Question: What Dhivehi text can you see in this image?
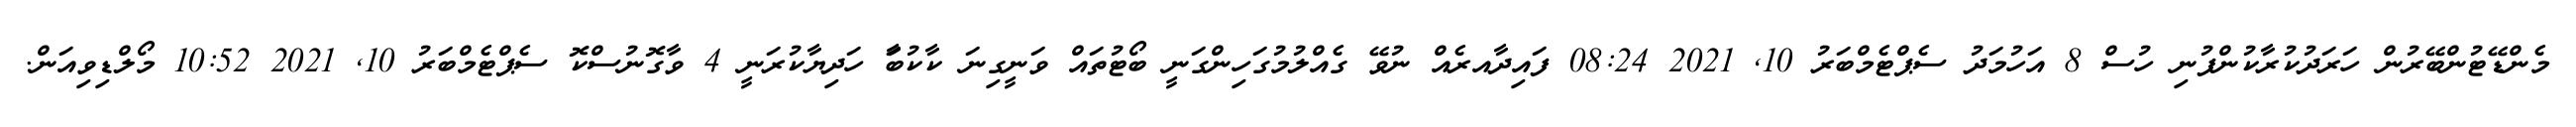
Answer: މެންޑޭޓުންބޭރުން ހަރަދުކުރާކުންފުނި ހުސް 8 އަހުމަދު ސެޕްޓެމްބަރު 10, 2021 08:24 ފައިދާއރެއް ނުވޭ ގެއްލުމުގަހިންގަނީ ބޯޓުތައް ވަނީގިނަ ކާކުބަާ ހަދިޔާކުރަނީ 4 ވާގޮނުސްކޮ ސެޕްޓެމްބަރު 10, 2021 10:52 މޯލްޑިވިއަން.